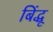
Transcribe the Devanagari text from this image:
बिंद्धू